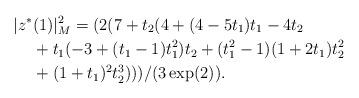
LaTeX: \begin{align*} |z^*&(1)|^2_M=(2(7 + t_2(4 + (4 - 5 t_1)t_1 - 4t_2 \\ &+ t_1(-3 + (t_1-1 )t_1^2)t_2 + (t_1^2-1)(1 + 2t_1)t_2^2 \\ &+ (1 + t_1)^2 t_2^3)))/(3\exp(2)) . \end{align*}